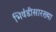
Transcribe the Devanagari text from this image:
भिवंडीसारख्या